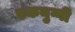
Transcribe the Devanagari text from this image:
एकयुग्गी